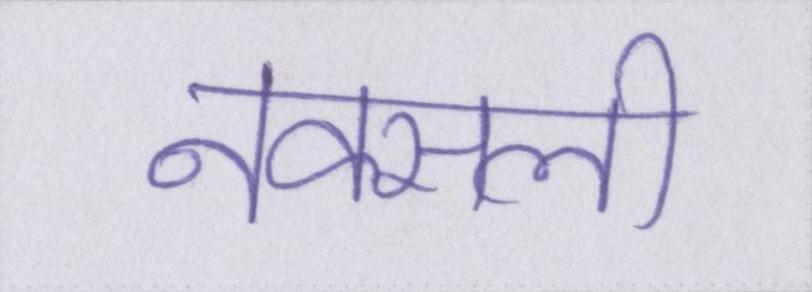
नक्सली